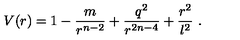
V ( r ) = 1 - \frac { m } { r ^ { n - 2 } } + \frac { q ^ { 2 } } { r ^ { 2 n - 4 } } + \frac { r ^ { 2 } } { l ^ { 2 } } \ .